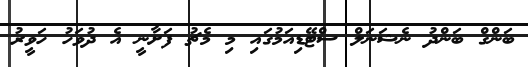
ބަންގް ބަންދު ނެޝަނަލް ސްޓޭޑިއަމުގައި މި މެޗު ފަށާނީ އެ ދުވަހު ހަވީރު